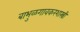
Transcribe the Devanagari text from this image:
बाभुळगावकरशास्त्री